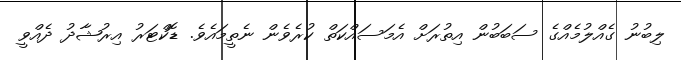
ލިބުނު ގެއްލުމެއްގެ ސަބަބުން އިތުރަށް އެމަސައްކަތް ކުރެވެން ނެތީމައެވެ. ޑޮކްޓަރު އިރުޝާދު ދެއްވީ